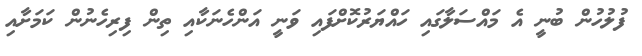
ފުލުހުން ބުނީ އެ މައްސަލާގައި ހައްޔަރުކޮށްފައި ވަނީ އަންހެނަކާއި ތިން ފިރިހެނުން ކަމަށާއި